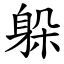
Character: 躲